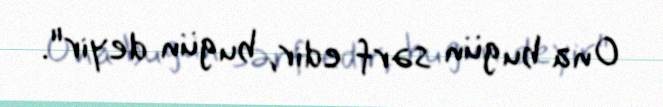
Ona bu gün sərf edir, bu gün deyir".